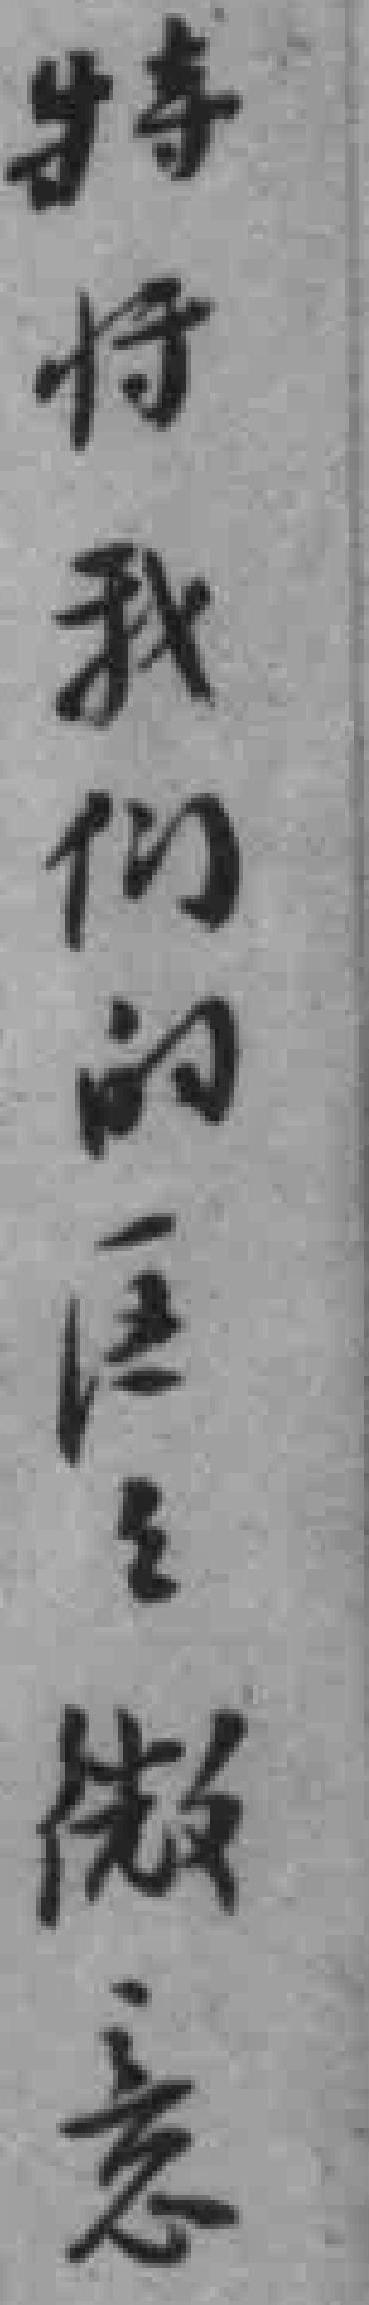
特将我们的匡正微意